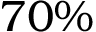
7 0 \%